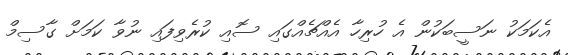
އެކަމަކު ނަސީބަކުން އެ ހުރިހާ އެއްޗެއްގައި ސޮއި ކުރެވިފައި ނުވާ ކަމަށް ގާސިމް